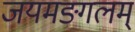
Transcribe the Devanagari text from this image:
जयमङ्गलम्‌